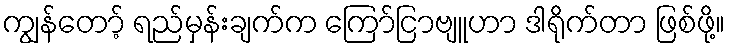
ကျွန်တော့် ရည်မှန်းချက်က ကြော်ငြာဗျူဟာ ဒါရိုက်တာ ဖြစ်ဖို့။